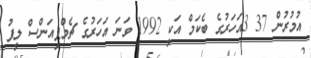
އުމުރުން 37 3އަހަރުގެ ބެކަމް އަކީ 1992 ވަނަ އަހަރުގެ ޗެމްޕިއަންސް ލީފު